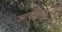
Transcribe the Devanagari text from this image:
आखडणे